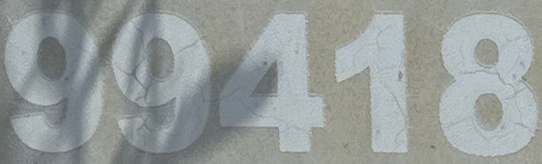
99418